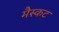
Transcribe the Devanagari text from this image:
मैस्कट